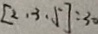
[ 2 , 3 , 5 ] = 3 0